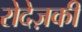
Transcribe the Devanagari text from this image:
रोदेज़की